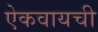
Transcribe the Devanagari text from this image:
ऐकवायची